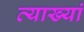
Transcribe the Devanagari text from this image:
व्याख्यां